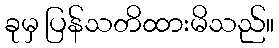
ခုမှ ပြန်သတိထားမိသည်။